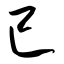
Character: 已